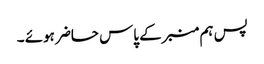
پس ہم منبرکے پاس حاضر ہوئے ۔